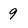
Character: 9